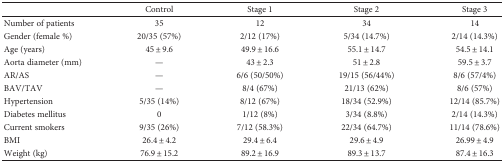
|  | Control | Stage 1 | Stage 2 | Stage 3 |
 | --- | --- | --- | --- | --- |
 | Number of patients | 35 | 12 | 34 | 14 |
 | Gender (female %) | 20/35 (57%) | 2/12 (17%) | 5/34 (14.7%) | 2/14 (14.3%) |
 | Age (years) | 45 ± 9.6 | 49.9 ± 16.6 | 55.1 ± 14.7 | 54.5 ± 14.1 |
 | Aorta diameter (mm) | — | 43 ± 2.3 | 51 ± 2.8 | 59.5 ± 3.7 |
 | AR/AS | — | 6/6 (50/50%) | 19/15 (56/44%) | 8/6 (57/4%) |
 | BAV/TAV | — | 8/4 (67%) | 21/13 (62%) | 8/6 (57%) |
 | Hypertension | 5/35 (14%) | 8/12 (67%) | 18/34 (52.9%) | 12/14 (85.7%) |
 | Diabetes mellitus | 0 | 1/12 (8%) | 3/34 (8.8%) | 2/14 (14.3%) |
 | Current smokers | 9/35 (26%) | 7/12 (58.3%) | 22/34 (64.7%) | 11/14 (78.6%) |
 | BMI | 26.4 ± 4.2 | 29.4 ± 6.4 | 29.6 ± 4.9 | 26.99 ± 4.9 |
 | Weight (kg) | 76.9 ± 15.2 | 89.2 ± 16.9 | 89.3 ± 13.7 | 87.4 ± 16.3 |